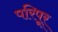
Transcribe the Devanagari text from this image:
परिपूर्